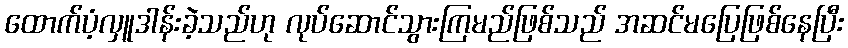
ထောက်ပံ့လှူဒါန်းခဲ့သည်ဟု လုပ်ဆောင်သွားကြမည်ဖြစ်သည် အဆင်မပြေဖြစ်နေပြီး